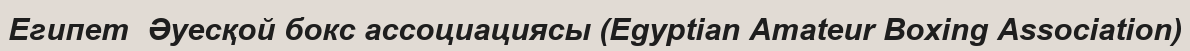
Египет  Әуесқой бокс ассоциациясы (Egyptian Amateur Boxing Association)